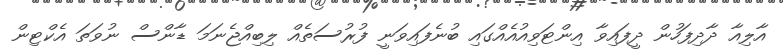
އާލިއާ ދާދިފަހުން ދީފައިވާ އިންޓަވިއުއެއްގައި ބުނެފައިވަނީ ފުރުސަތެއް ލިބިއްޖެނަމަ ޑާންސް ނުވަތަ އެކްޓިން